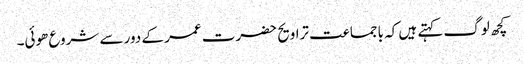
کچھ لوگ کہتے ہیں کہ باجماعت تراویح حضرت عمر کے دور سے شروع ھوئی۔